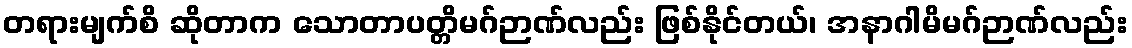
တရားမျက်စိ ဆိုတာက သောတာပတ္တိမဂ်ဉာဏ်လည်း ဖြစ်နိုင်တယ်၊ အနာဂါမိမဂ်ဉာဏ်လည်း